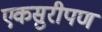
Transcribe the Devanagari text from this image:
एकसुरीपण